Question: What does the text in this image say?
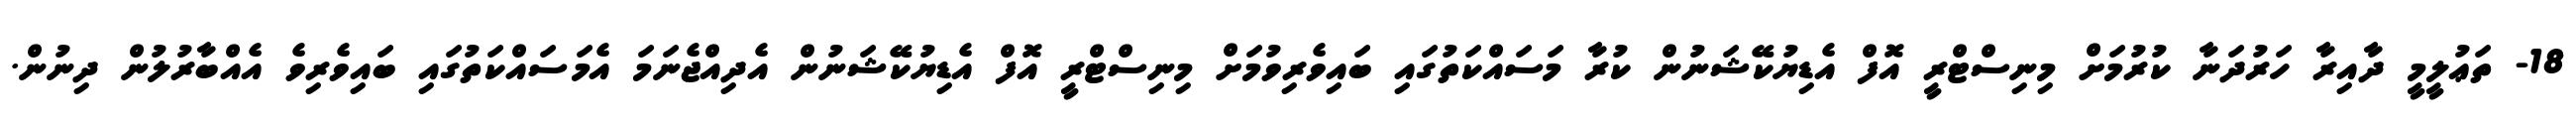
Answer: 18- ތަޢުލީމީ ދާއިރާ ހަރުދަނާ ކުރުމަށް މިނިސްޓްރީ އޮފް އެޑިޔުކޭޝަނުން ކުރާ މަސައްކަތުގައި ބައިވެރިވުމަށް މިނިސްޓްރީ އޮފް އެޑިޔުކޭޝަނުން އެދިއްޖެނަމަ އެމަސައްކަތުގައި ބައިވެރިވެ އެއްބާރުލުން ދިނުން.